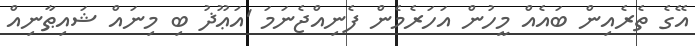
އޭގެ ތެރެއިން ބައެއް މީހުން އަހަރެމެން ފެނިއްޖެނަމަ 'އަޢޫޛު ބި މިނައް ޝައިޠާނިއް